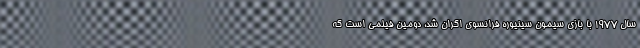
سال ۱۹۷۷ با بازی سیمون سینیوره فرانسوی اکران شد، دومین فیلمی است که